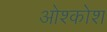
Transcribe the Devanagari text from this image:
ओश्कोश